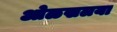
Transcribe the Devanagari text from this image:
ओळखलया